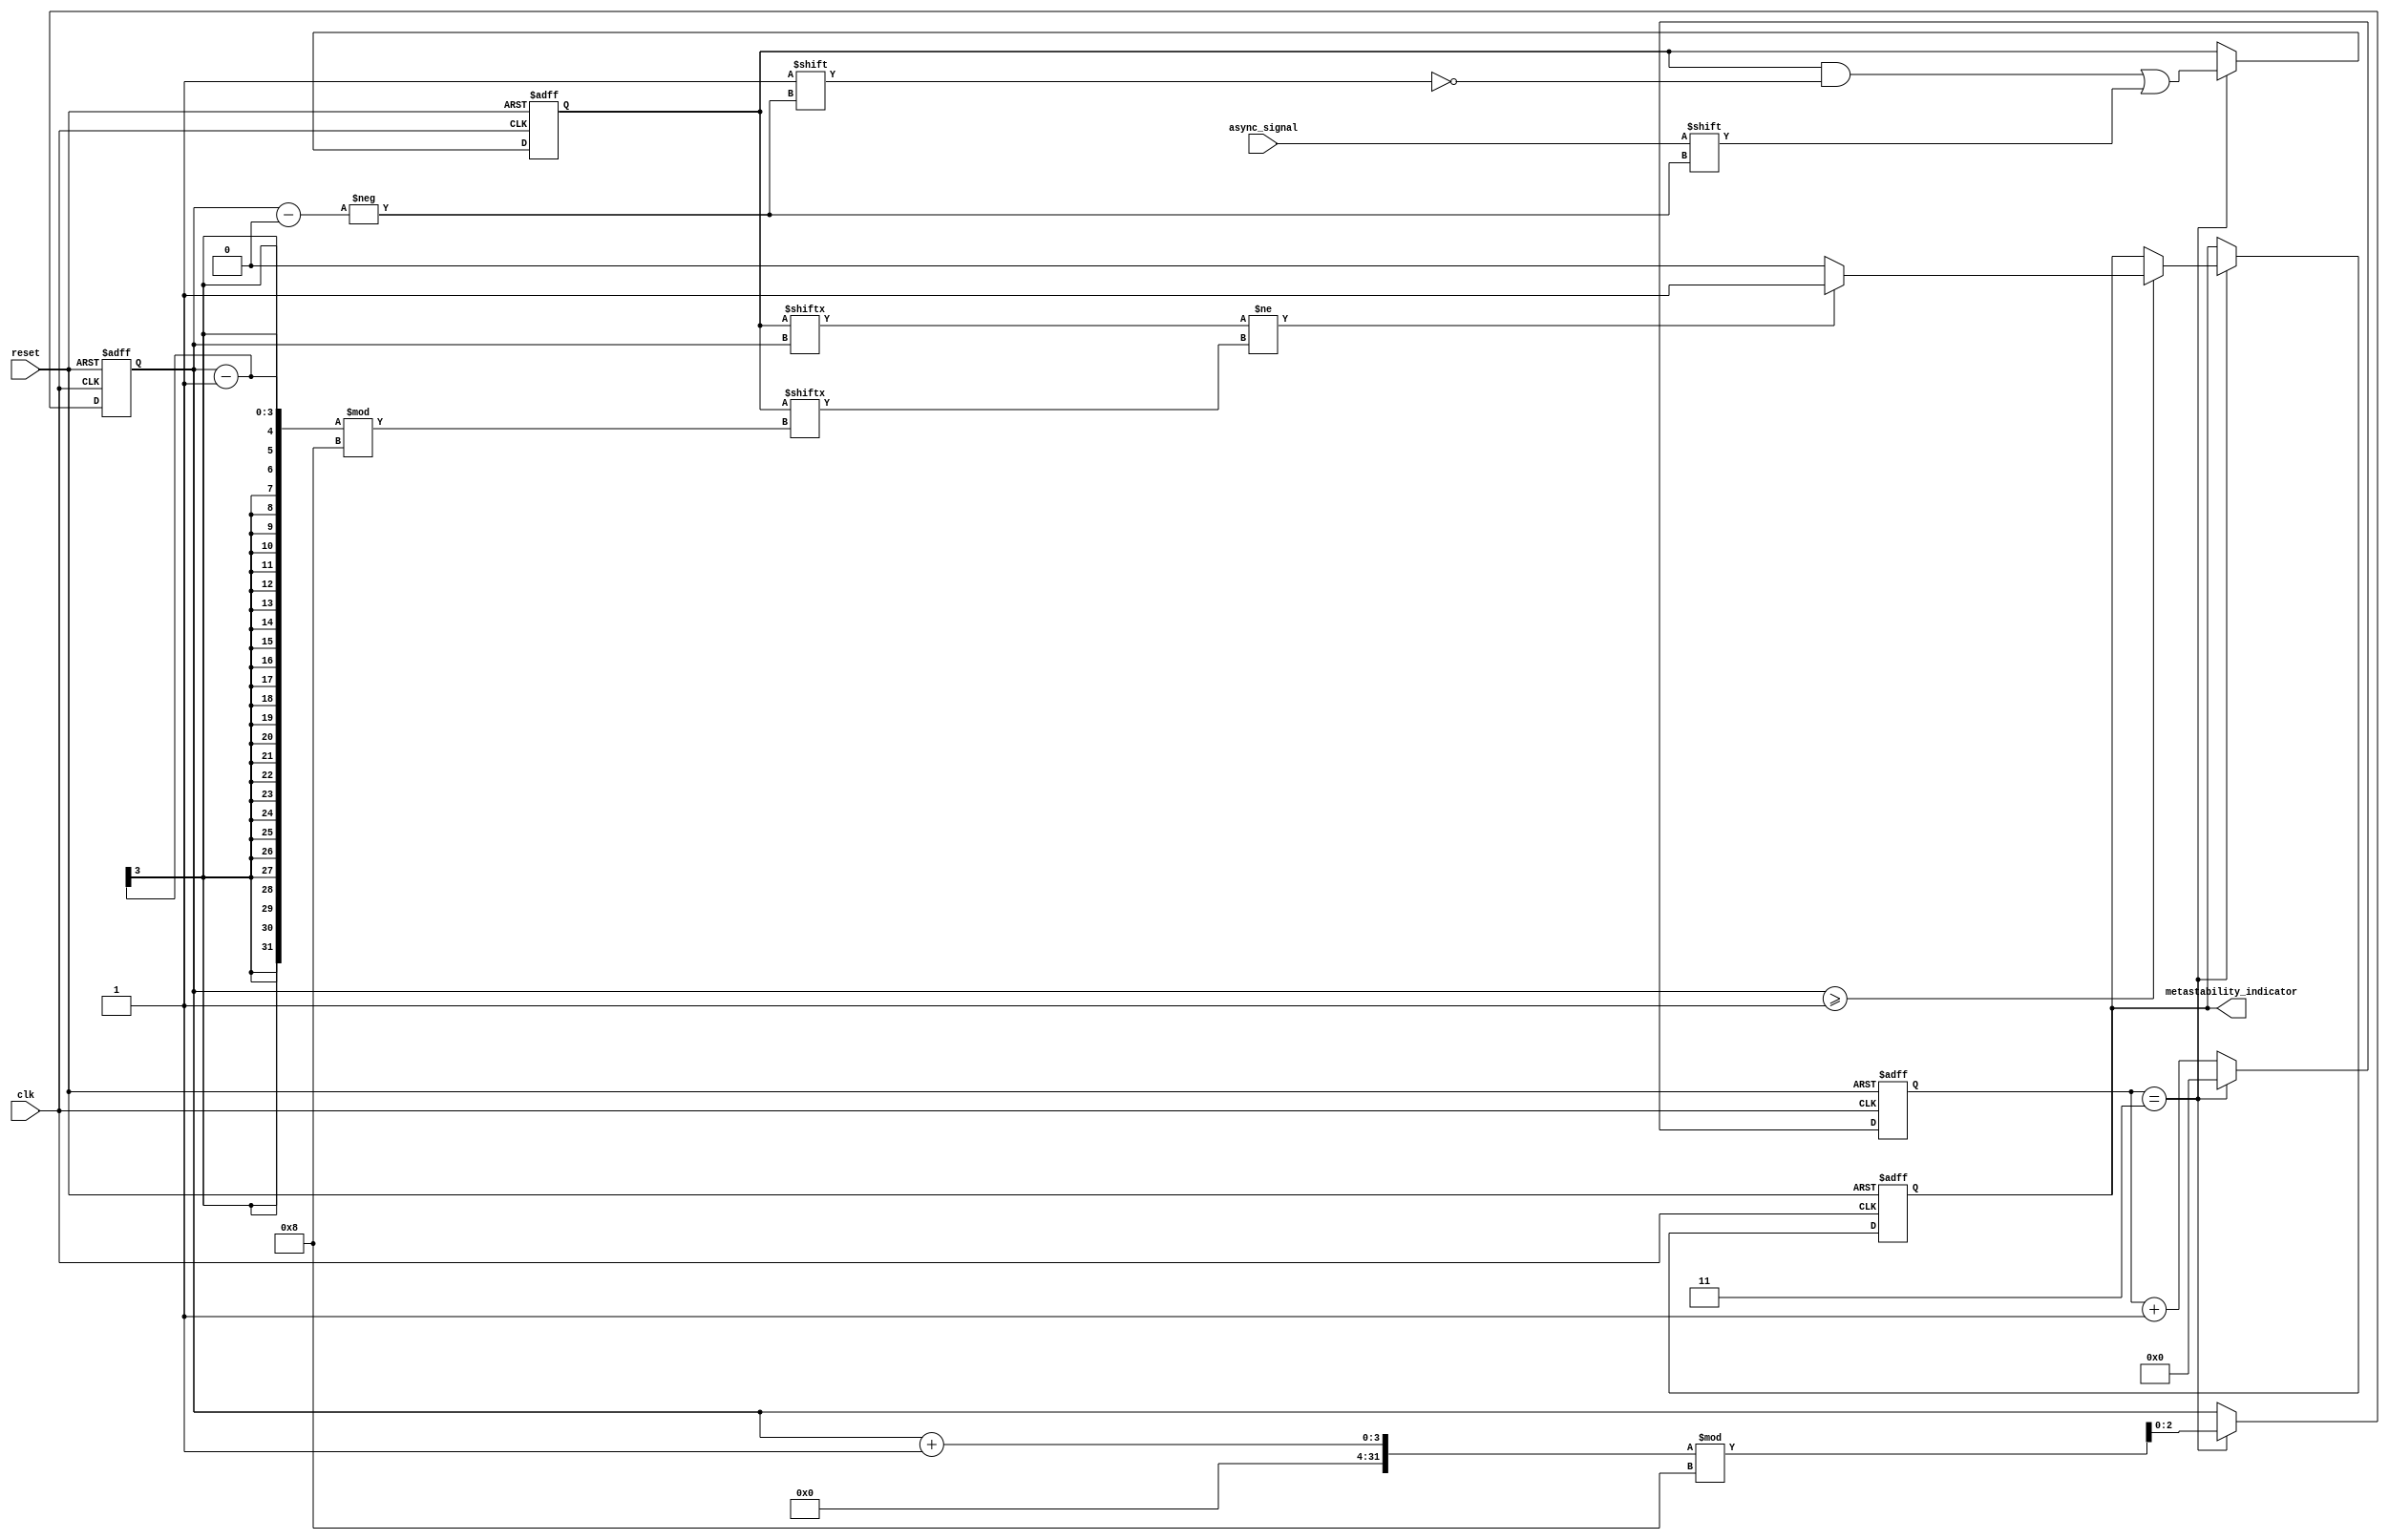
module metastability_detector (
    input wire clk,                    // Sampling clock
    input wire async_signal,           // Input signal to monitor
    input wire reset,                  // Asynchronous reset
    output reg metastability_indicator   // Metastability detection output
);

    // Parameters
    parameter NUM_SAMPLES = 8;         // Number of samples to store
    reg [NUM_SAMPLES-1:0] samples;      // Memory block to store samples
    reg [2:0] sample_index;             // Index for storing samples

    // Random sampling logic (simple counter for demonstration)
    reg [3:0] random_sample_interval;    // Random sample interval
    reg [3:0] counter;                   // Counter for random sampling

    // Initial block to reset states
    initial begin
        samples = 0;
        sample_index = 0;
        metastability_indicator = 0;
        counter = 0;
        random_sample_interval = 4'd3; // Example random interval
    end

    // Asynchronous reset
    always @(posedge clk or posedge reset) begin
        if (reset) begin
            samples <= 0;
            sample_index <= 0;
            metastability_indicator <= 0;
            counter <= 0;
        end else begin
            // Increment counter
            counter <= counter + 1;

            // Sample input signal at random intervals
            if (counter == random_sample_interval) begin
                // Store the current sample in memory
                samples[sample_index] <= async_signal;
                sample_index <= (sample_index + 1) % NUM_SAMPLES; // Circular buffer
                counter <= 0; // Reset counter

                // Check for metastability by comparing samples
                if (sample_index >= 1) begin
                    if (samples[sample_index] != samples[(sample_index - 1) % NUM_SAMPLES]) begin
                        metastability_indicator <= 1; // Metastable state detected
                    end else begin
                        metastability_indicator <= 0; // No metastability
                    end
                end
            end
        end
    end

endmodule